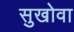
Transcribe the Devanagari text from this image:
सुखोवा